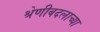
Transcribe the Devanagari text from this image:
श्रेणीबदलाच्या